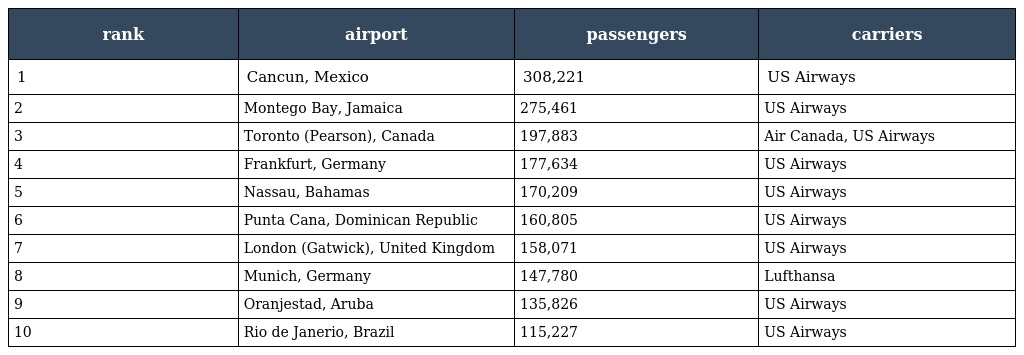
| rank | airport | passengers | carriers |
 | --- | --- | --- | --- |
 | 1 | Cancun, Mexico | 308,221 | US Airways |
 | 2 | Montego Bay, Jamaica | 275,461 | US Airways |
 | 3 | Toronto (Pearson), Canada | 197,883 | Air Canada, US Airways |
 | 4 | Frankfurt, Germany | 177,634 | US Airways |
 | 5 | Nassau, Bahamas | 170,209 | US Airways |
 | 6 | Punta Cana, Dominican Republic | 160,805 | US Airways |
 | 7 | London (Gatwick), United Kingdom | 158,071 | US Airways |
 | 8 | Munich, Germany | 147,780 | Lufthansa |
 | 9 | Oranjestad, Aruba | 135,826 | US Airways |
 | 10 | Rio de Janerio, Brazil | 115,227 | US Airways |